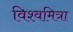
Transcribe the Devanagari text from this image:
विश्‍वमित्रा